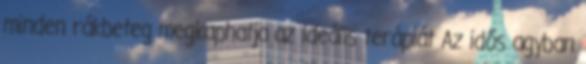
minden rákbeteg megkaphatja az ideális terápiát Az idős agyban